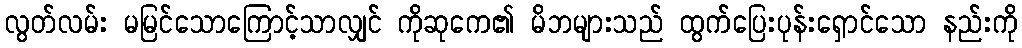
လွတ်လမ်း မမြင်သောကြောင့်သာလျှင် ကိုဆုကေ၏ မိဘများသည် ထွက်ပြေးပုန်းရှောင်သော နည်းကို